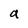
Character: a